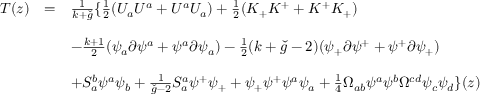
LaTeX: \begin{array} { l l l } { { T ( z ) } } & { { = } } & { { \frac { 1 } { k + \check { g } } \{ \frac { 1 } { 2 } ( U _ { a } U ^ { a } + U ^ { a } U _ { a } ) + \frac { 1 } { 2 } ( K _ { + } K ^ { + } + K ^ { + } K _ { + } ) } } \\ { { } } & { { } } & { { } } \\ { { } } & { { } } & { { - \frac { k + 1 } { 2 } ( \psi _ { a } \partial \psi ^ { a } + \psi ^ { a } \partial \psi _ { a } ) - \frac { 1 } { 2 } ( k + \check { g } - 2 ) ( \psi _ { + } \partial \psi ^ { + } + \psi ^ { + } \partial \psi _ { + } ) } } \\ { { } } & { { } } & { { } } \\ { { } } & { { } } & { { + S _ { a } ^ { b } \psi ^ { a } \psi _ { b } + \frac { 1 } { \check { g } - 2 } S _ { a } ^ { a } \psi ^ { + } \psi _ { + } + \psi _ { + } \psi ^ { + } \psi ^ { a } \psi _ { a } + \frac { 1 } { 4 } \Omega _ { a b } \psi ^ { a } \psi ^ { b } \Omega ^ { c d } \psi _ { c } \psi _ { d } \} ( z ) } } \end{array}